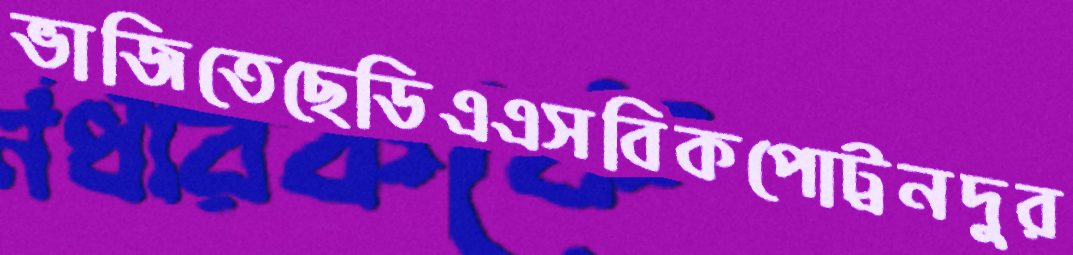
ভাজিতেছেডিএএসবিকপোট্রনদুর